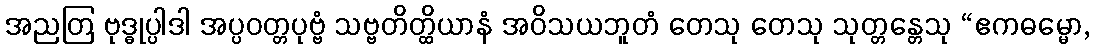
အညတြ ဗုဒ္ဓုပ္ပါဒါ အပ္ပဝတ္တပုဗ္ဗံ သဗ္ဗတိတ္ထိယာနံ အဝိသယဘူတံ တေသု တေသု သုတ္တန္တေသု “ဧကဓမ္မော,